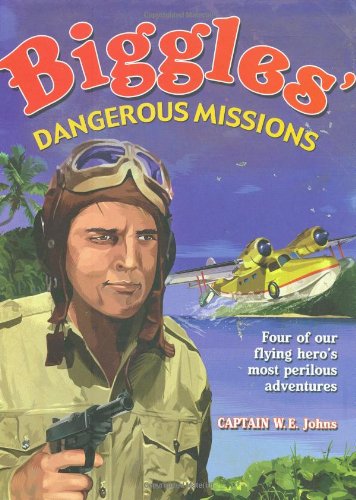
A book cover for Biggles' Dangerous Missions; Capt. W. E. Johns; Teen & Young Adult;